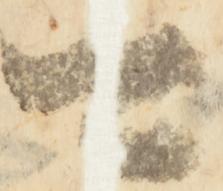
可